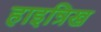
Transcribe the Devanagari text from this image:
हाइन्रिख